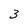
Character: 3